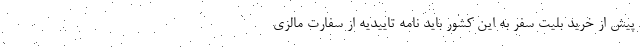
پیش از خرید بلیت سفر به این کشور باید نامه تاییدیه از سفارت مالزی